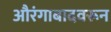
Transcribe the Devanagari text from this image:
औरंगाबादवरून